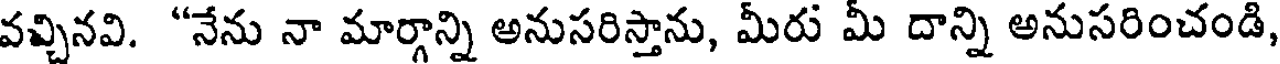
వవ్చినవి. "నేను నా మార్గాన్ని అనుసరిస్తాను, మీరు మీ దాన్ని అనుసరించండి,